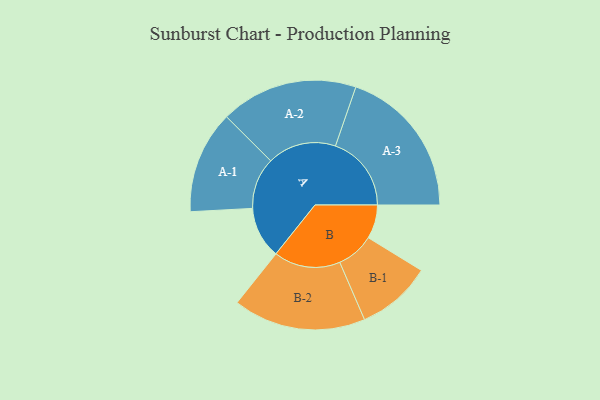
{"axis": {"x": "Segment", "y": "Value"}, "legend": ["", "A", "B"], "data": [{"x": "A", "y": 179, "type": ""}, {"x": "B", "y": 117, "type": ""}, {"x": "A-1", "y": 178, "type": "A"}, {"x": "A-2", "y": 238, "type": "A"}, {"x": "A-3", "y": 263, "type": "A"}, {"x": "B-1", "y": 130, "type": "B"}, {"x": "B-2", "y": 230, "type": "B"}]}